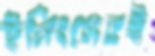
ইনিংসেরই